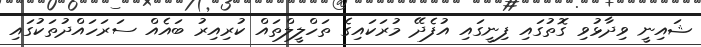
ޝައިނީ ވިދާޅުވި ގޮތުގައި ފިނީގައި އުފެދޭ މުުރަކައިގެ ތަހްލީލްތައް ކުރިއިރު ބައެއް ސަރަހައްދުތަކުގައި